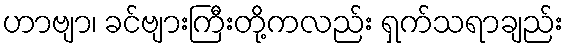
ဟာဗျာ၊ ခင်ဗျားကြီးတို့ကလည်း ရှက်သရာချည်း